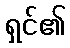
ရှင်၏